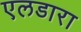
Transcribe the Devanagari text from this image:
एलडारा